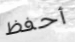
أحفظ